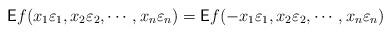
LaTeX: \begin{align*}\textsf{E}f(x_{1}\varepsilon_{1}, x_{2}\varepsilon_{2}, \cdots, x_{n}\varepsilon_{n})=\textsf{E}f(-x_{1}\varepsilon_{1}, x_{2}\varepsilon_{2}, \cdots, x_{n}\varepsilon_{n})\end{align*}